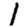
Digit: 1